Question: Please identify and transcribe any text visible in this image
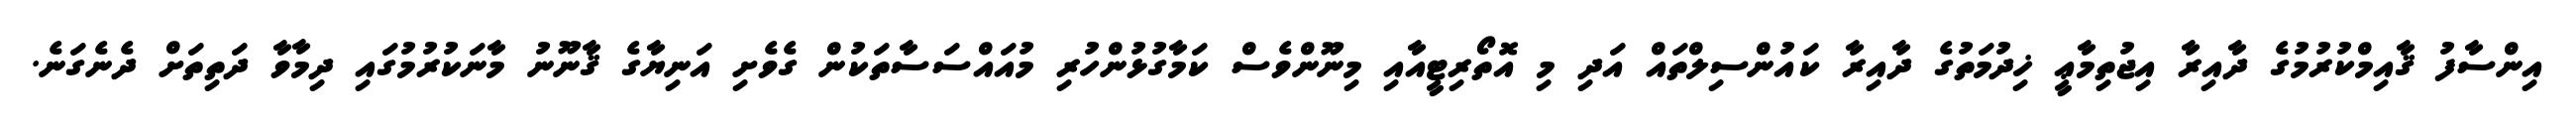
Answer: އިންސާފު ޤާއިމްކުރުމުގެ ދާއިރާ އިޖުތިމާޢީ ޚިދުމަތުގެ ދާއިރާ ކައުންސިލްތައް އަދި މި އޮތޯރިޓީއާއި މިނޫންވެސް ކަމާގުޅުންހުރި މުއައްސަސާތަކުން ގެވެށި އަނިޔާގެ ޤާނޫނު މާނަކުރުމުގައި ދިމާވާ ދަތިތަށް ދެނެގަނެ.